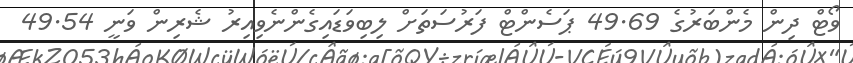
ވޯޓް ދިން މެންބަރުގެ 49.69 ޕަސެންޓް ފަރުސަތަށް ލިބިވަޑައިގެންނެވިއިރު ޝެރިން ވަނީ 49.54